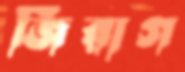
জিরাগ